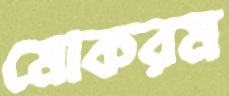
মোকরম